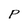
Character: P